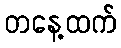
တနေ့ထက်